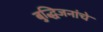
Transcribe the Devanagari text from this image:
बुद्धिजनांचे